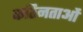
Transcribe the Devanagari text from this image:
कठिनताओं